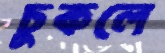
চুকলে